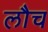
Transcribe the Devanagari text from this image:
लौच